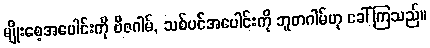
မျိုးစေ့အပေါင်းကို ဗီဇဂါမ်, သစ်ပင်အပေါင်းကို ဘူတဂါမ်ဟု ခေါ်ကြသည်။